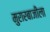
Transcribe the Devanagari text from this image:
मुरारबाजीला